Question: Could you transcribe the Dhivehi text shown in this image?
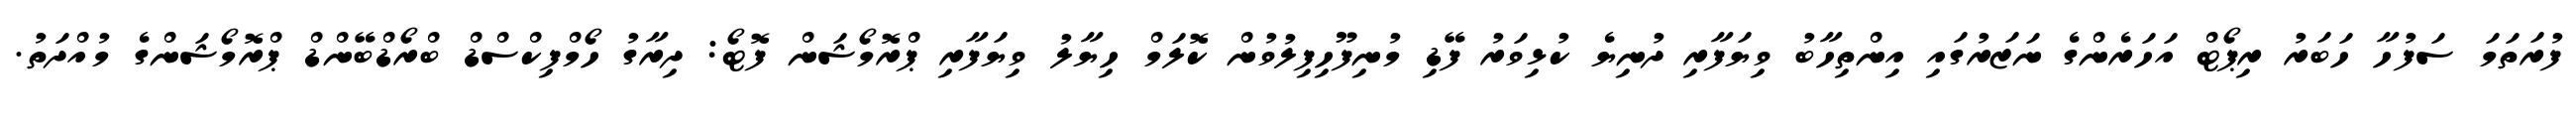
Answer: ފުރަތަމަ ސަފުހާ ހަބަރު ރިޕޯޓް އަހަރެންގެ ނަޒަރުގައި އިންތިހާބު ވިޔަފާރި ދުނިޔެ ކުޅިވަރު ފޭޑި މުނިފޫހިފިލުވުން ކޮލަމް ހިޔާލު ވިޔަފާރި ޕްރޮމޯޝަން ފޮޓޯ: ދިރާގު ހޯމްފިކްސްޑް ބްރޯޑްބޭންޑް ޕްރޮމޯޝަންގެ މުއްދަތު.